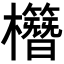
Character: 𣠱